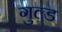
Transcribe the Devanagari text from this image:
गुल्ड